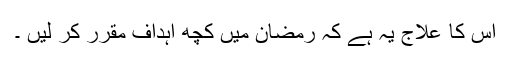
اس کا علاج یہ ہے کہ رمضان میں کچھ اہداف مقرر کر لیں ۔